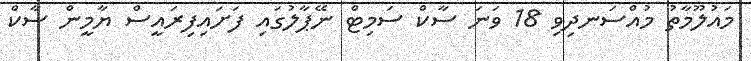
މައުލޫމާތު މުއްސަނދިވި 18 ވަނަ ސާކް ސަމިޓް ނޭޕާލުގައި ފަށައިފިރައީސް ޔާމީން ސާކް